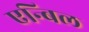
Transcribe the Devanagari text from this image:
एन्बिल